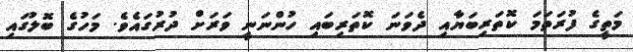
މަތީގެ ފުރަތަމަ ކޮތަރިބަޔާއި ދެވަނަ ކޮތަރިބައި ހުންނަނީ ވަރަށް ދުރުގައެވެ. މަހުގެ ބޮލުގައި